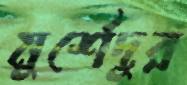
মুর্শেদুর